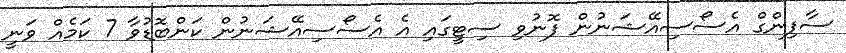
ސާފިންގް އެސޯސިއޭޝަނުން ފޮނުވި ސިޓީގައި އެ އެސޯސިއޭޝަނުން ކަންބޮޑުވާ 7 ކަމެއް ވަނީ